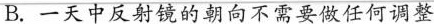
B.一天中反射镜的朝向不需要做任何调整